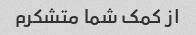
از کمک شما متشکرم